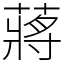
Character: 蔣